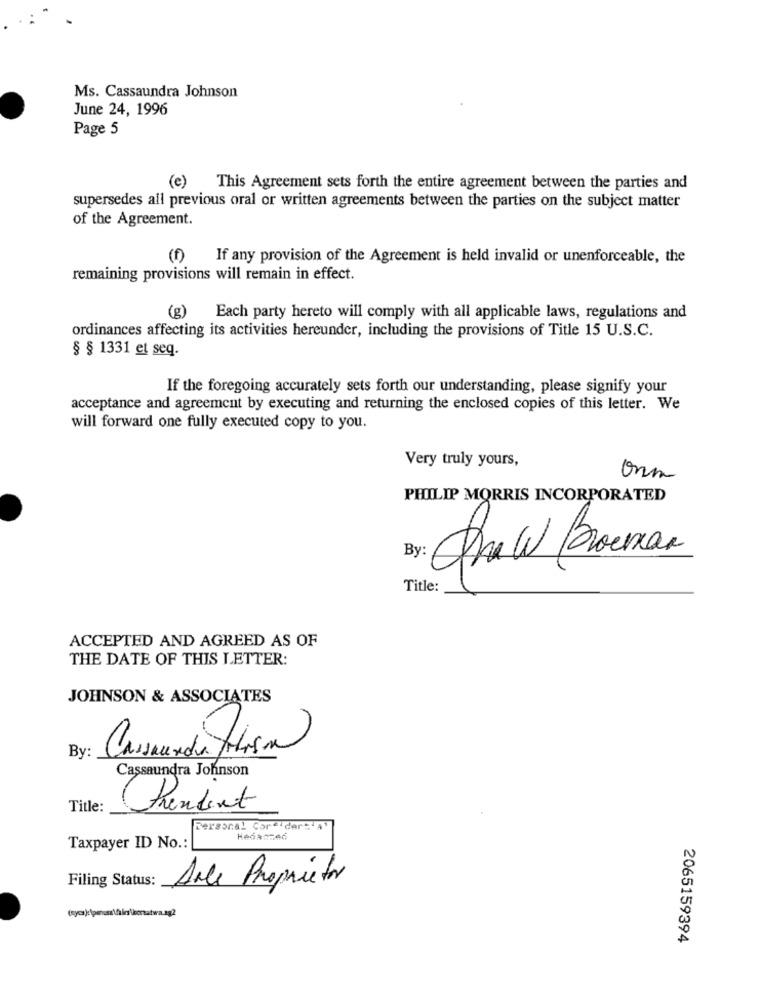
Ms. Cassaundra Johnson
June 24, 1996
Page 5
(e)
This Agreement sets forth the entire agreement between the parties and
supersedes all previous oral or written agreements between the parties on the subject matter
of the Agreement.
(f) If any provision of the Agreement is held invalid or unenforceable, the
remaining provisions will remain in effect.
(g)
Each party hereto will comply with all applicable laws, regulations and
ordinances affecting its activities hereunder, including the provisions of Title 15 U.S.C.
§ § 1331 et seq.
If the foregoing accurately sets forth our understanding, please signify your
acceptance and agreement by executing and returning the enclosed copies of this letter. We
will forward one fully executed copy to you.
Very truly yours,
Onn
PHILIP MORRIS INCORPORATED
By:
Title:
ACCEPTED AND AGREED AS OF
THE DATE OF THIS LETTER:
JOHNSON & ASSOCIATES
By
Cassaundra Johnson
Title:
Prendent
Personal Cor " dar"'A'
Hedaszed
Taxpayer ID No .:
Filing Status:
Aule Proprietor
2065159394